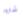
شارونا